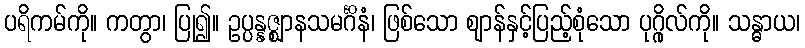
ပရိကမ်ကို။ ကတွာ၊ ပြု၍။ ဥပ္ပန္နဇ္ဈာနသမင်္ဂိနံ၊ ဖြစ်သော ဈာန်နှင့်ပြည့်စုံသော ပုဂ္ဂိုလ်ကို။ သန္ဓာယ၊